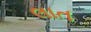
લાત